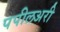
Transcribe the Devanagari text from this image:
पपीलअरी